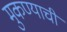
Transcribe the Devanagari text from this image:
मुकण्याची